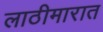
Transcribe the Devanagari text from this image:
लाठीमारात